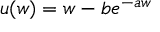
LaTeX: u ( w ) = w - b e ^ { - a w }